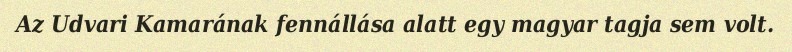
Az Udvari Kamarának fennállása alatt egy magyar tagja sem volt.